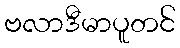
ဗလာဒီမာပူတင်